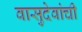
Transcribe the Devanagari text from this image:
वासुदेवांची